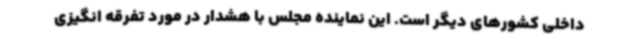
داخلی کشورهای دیگر است. این نماینده مجلس با هشدار در مورد تفرقه انگیزی